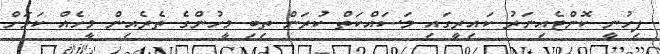
ފިހުނީ ކޮންޓެއިނަރު ކައިރީގައި މަސައްކަތް ކުރަން ތިބި މީހުންގެ ތެރެއިން މީހެއް ކަމަށް